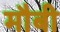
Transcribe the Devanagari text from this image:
मौबी